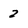
Character: 2